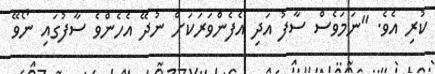
ކުރި އެވެ. "ނަމަވެސް ސާފު އަދި އެފެންވަރަކަށް ނުދޭ އެހެންވެ ސާފުގައި ނޯވޭ